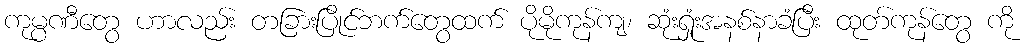
ကုမ္ပဏီတွေ ဟာလည်း တခြားပြိုင်ဘက်တွေထက် ပိုမိုကုန်ကျ၊ ဆုံးရှုံးအနစ်နာခံပြီး ထုတ်ကုန်တွေ ကို